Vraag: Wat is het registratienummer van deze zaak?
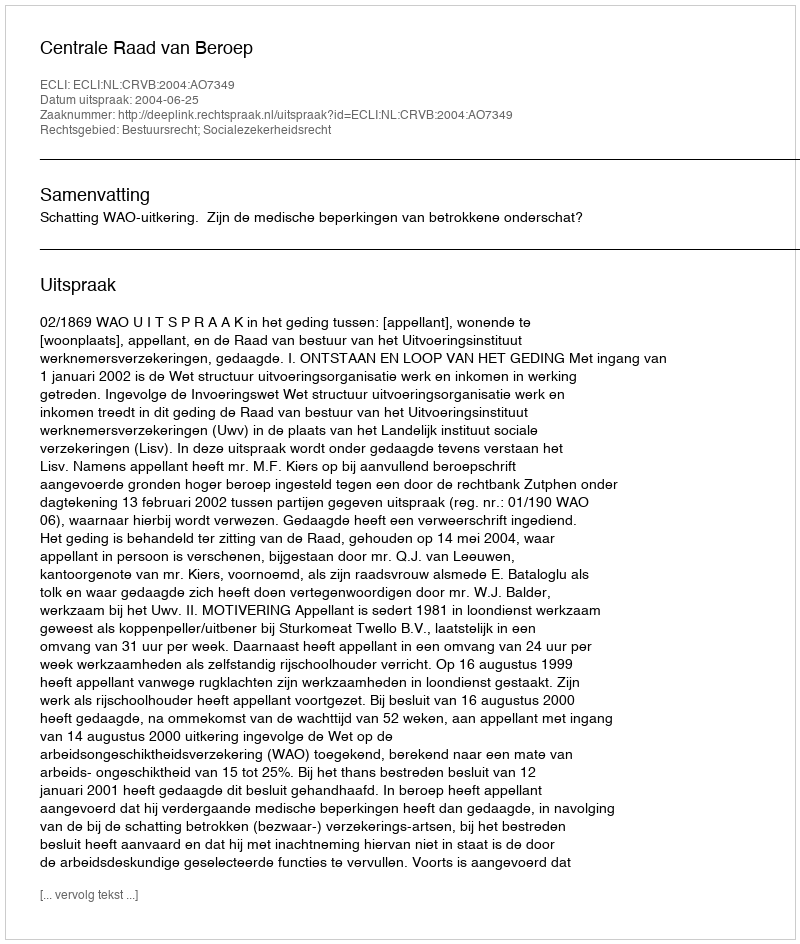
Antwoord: http://deeplink.rechtspraak.nl/uitspraak?id=ECLI:NL:CRVB:2004:AO7349